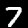
Label: 7